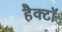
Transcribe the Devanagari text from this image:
हैक्टॉ